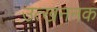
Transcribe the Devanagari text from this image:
उत्खननक